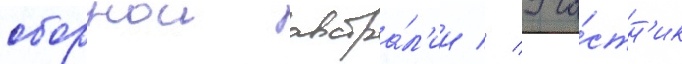
сборнои австра́л'ии // Уча́стн'ик